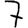
Digit: 7